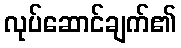
လုပ်ဆောင်ချက်၏